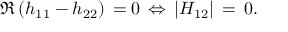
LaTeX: \Re \, ( h _ { 1 1 } - h _ { 2 2 } ) \, = 0 \, \Leftrightarrow \, | H _ { 1 2 } | \, = \, 0 .